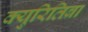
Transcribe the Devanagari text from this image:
क्युरितिबा